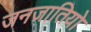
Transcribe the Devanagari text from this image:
जनजातियो